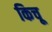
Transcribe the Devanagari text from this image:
किचू